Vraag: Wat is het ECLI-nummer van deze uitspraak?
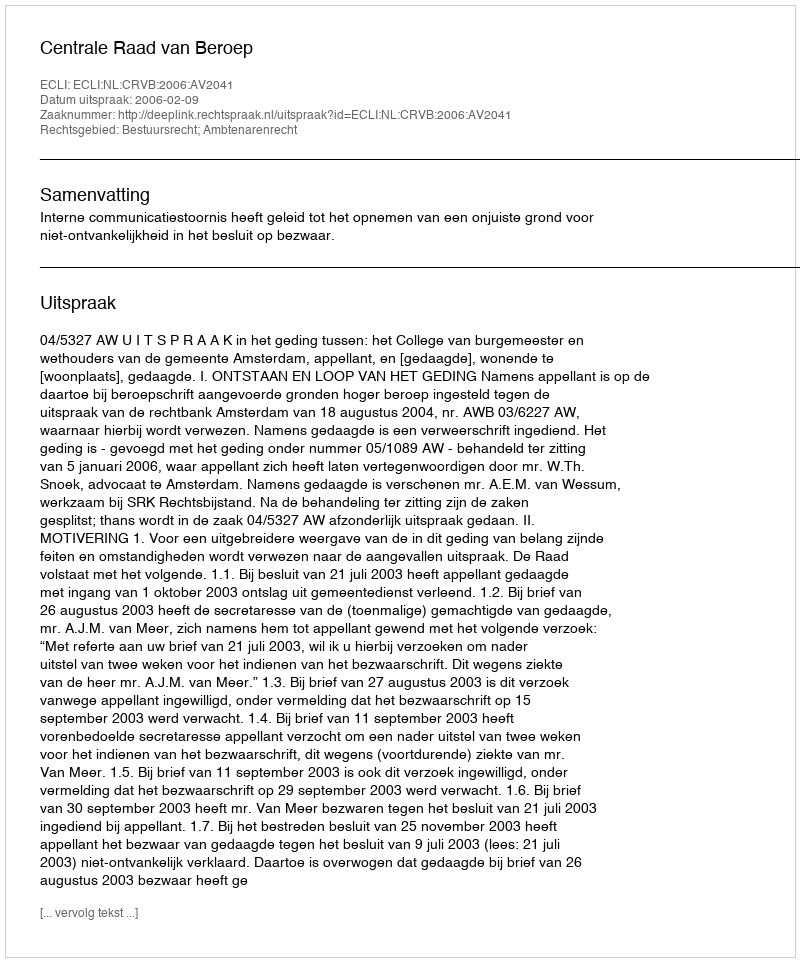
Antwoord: ECLI:NL:CRVB:2006:AV2041